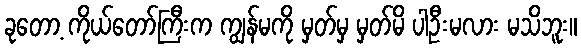
ခုတော့ ကိုယ်တော်ကြီးက ကျွန်မကို မှတ်မှ မှတ်မိ ပါဦးမလား မသိဘူး။